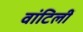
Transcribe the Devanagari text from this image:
वांटिलीं